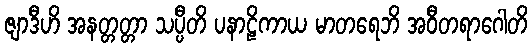
ဇျာဒီဟိ အနတ္တတ္တာ သပ္ပီတိ ပနာဠိကာယ မာတရေဘိ အဝီတရာဂေါတိ